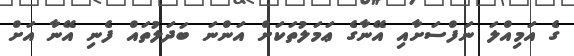
ގެ އަމިއްލަ ނަފްސަށާއި އޭނާގެ ޢަމަލުތަކަށް އަންނަ ބަދަލުތައް ފެނި އޭނާ އަށް